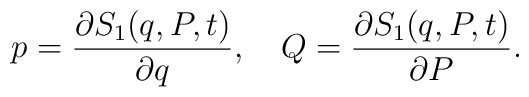
p=\frac{\partial S_{1}(q,P,t)}{\partial q},~~~Q=\frac{\partial S_{1}(q,P,t)}{\partial P}.